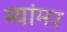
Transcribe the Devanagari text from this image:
म्यांमर